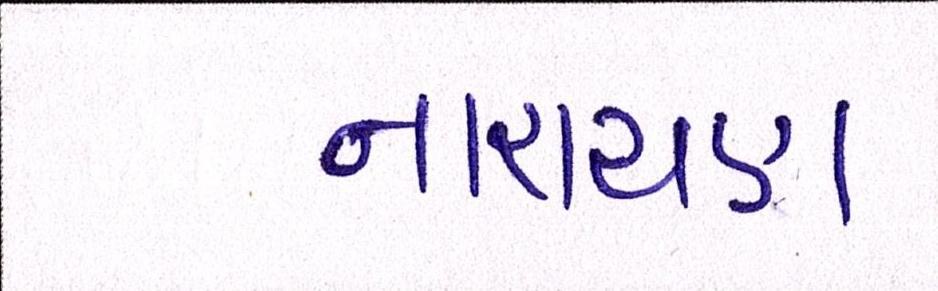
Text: નારાયણ